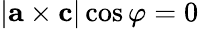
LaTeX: |{\mathbf{a}}\times{\mathbf{c}}|\cos\varphi=0